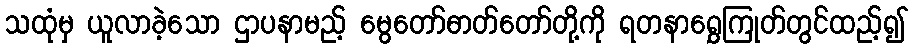
သထုံမှ ယူလာခဲ့သော ဌာပနာမည့် မွေတော်ဓာတ်တော်တို့ကို ရတနာရွှေကြုတ်တွင်ထည့်၍